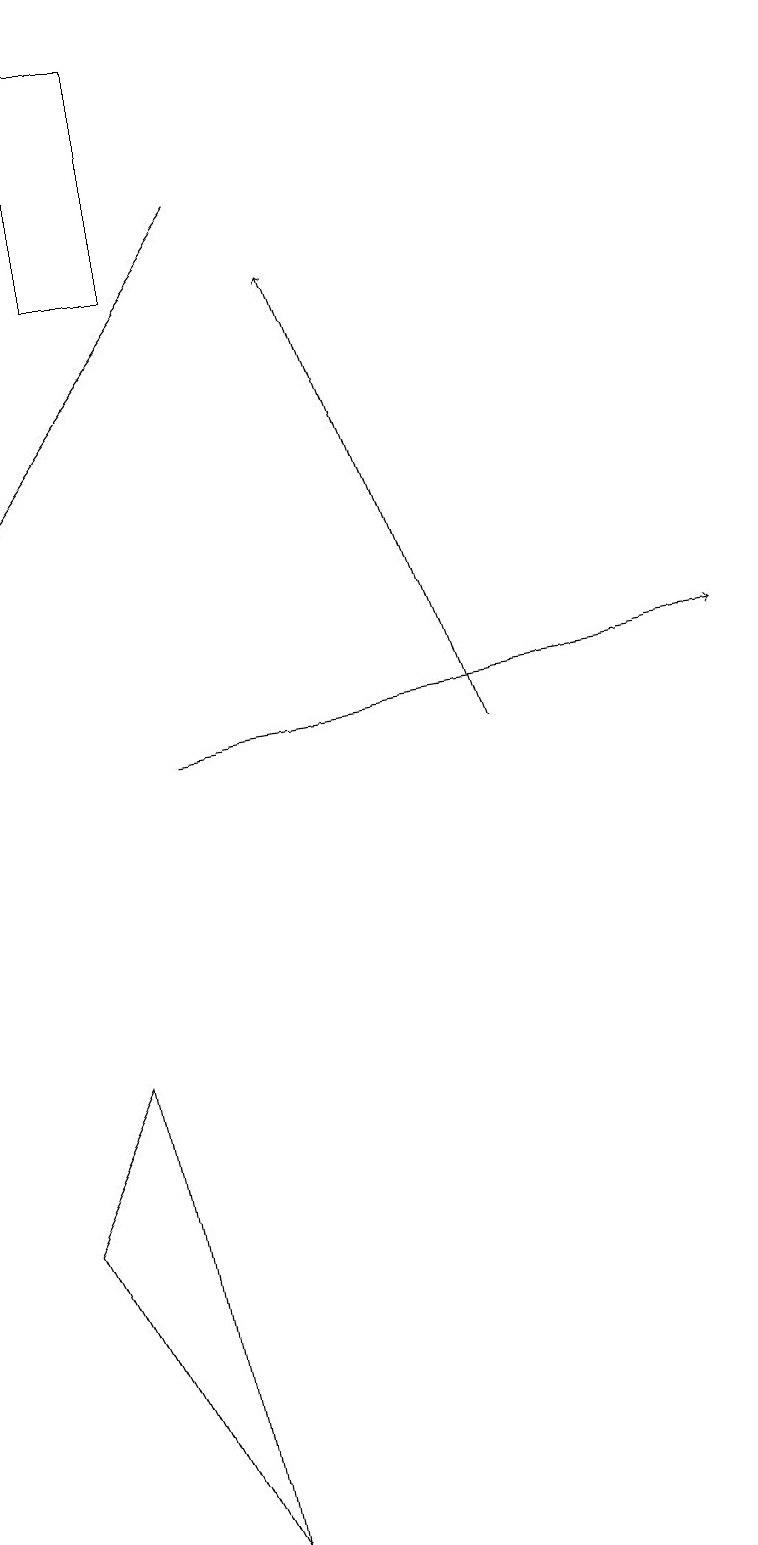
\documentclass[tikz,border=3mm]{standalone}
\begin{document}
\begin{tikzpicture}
\draw[->] (2,10) -- (9,11);
\draw[->] (6,10) -- (4,16);
\draw[->] (3,17) -- (0,13);
\draw (2,19) rectangle (1,16);
\draw (0,4) -- (2,0) -- (1,6) -- cycle;
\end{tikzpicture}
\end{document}